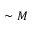
\sim M